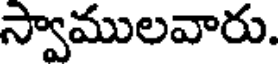
స్వాములవారు.